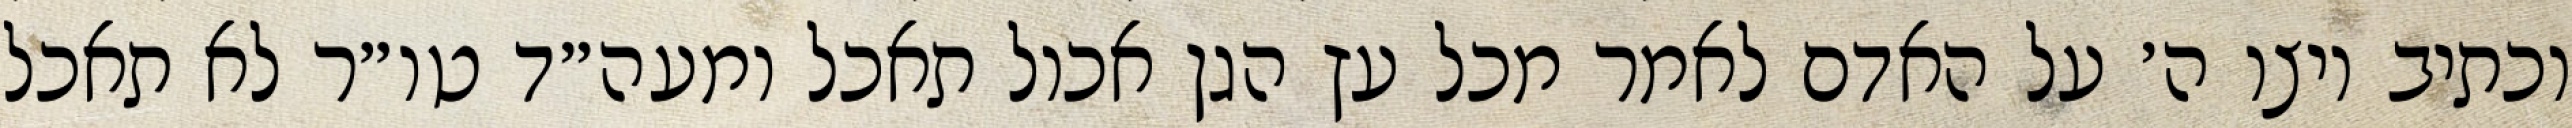
וכתיב ויצו ה׳ על האדם לאמר מכל עץ הגן אכול תאכל ומעה״ד טו״ר לא תאכל